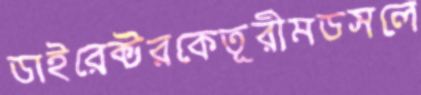
ডাইরেক্টরকেতূরীমডসলে